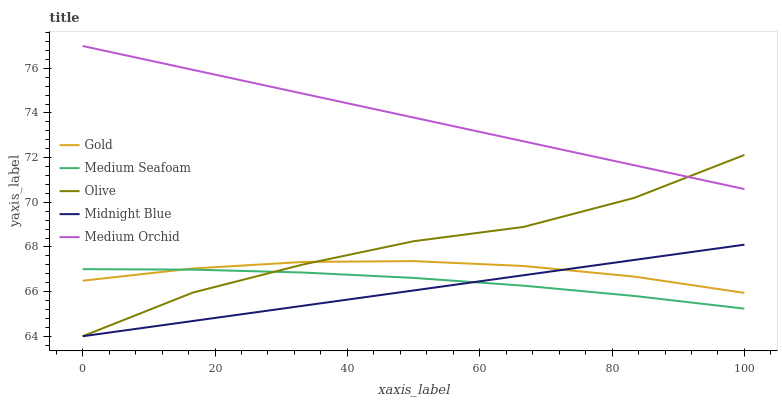
| xaxis_label | Gold | Medium Seafoam | Olive | Midnight Blue | Medium Orchid |
 | --- | --- | --- | --- | --- | --- |
 | 0 | 66.5 | 67 | 64 | 64 | 77 |
 | 16.7 | 67 | 67 | 66 | 64.7 | 75.9 |
 | 33.3 | 67.3 | 66.9 | 67.2 | 65.4 | 74.9 |
 | 50 | 67.4 | 66.6 | 68.3 | 66.1 | 73.8 |
 | 66.7 | 67.1 | 66.3 | 68.9 | 66.7 | 72.7 |
 | 83.3 | 66.7 | 65.8 | 70.2 | 67.4 | 71.7 |
 | 100 | 65.9 | 65.2 | 72.1 | 68.1 | 70.6 |